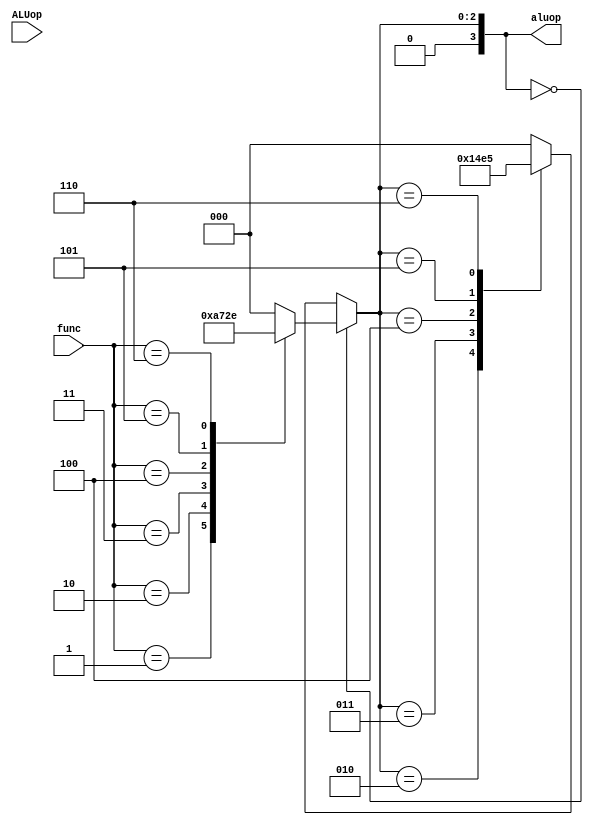
module  ALUControl(input [2:0] ALUop , input [2:0]func , output reg [3:0] aluop);
            always @(*) 
             begin
               if(aluop==3'b000)
                begin
                  case (func)
                    3'b000 : aluop = 4'b0000 ;
                    3'b001 : aluop = 4'b0001 ;
                    3'b010 : aluop = 4'b0010 ;
                    3'b011 : aluop = 4'b0011 ;
                    3'b100 : aluop = 4'b0100 ; 
                    3'b101 : aluop = 4'b0101 ;
                    3'b110 : aluop = 4'b0110 ;
                    default: aluop = 4'b0000 ;
                  endcase

                end
                else begin
                  case(aluop)
                    3'b001 : aluop = 4'b0000 ;
                    3'b010 : aluop = 4'b0001 ;
                    3'b011 : aluop = 4'b0010 ;
                    3'b100 : aluop = 4'b0011 ; 
                    3'b101 : aluop = 4'b0100 ;
                    3'b110 : aluop = 4'b0101 ;
                    default: aluop = 4'b0000 ;
                  endcase
                end
             end

endmodule